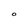
Character: O